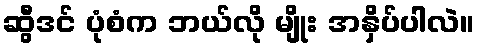
ဆွီဒင် ပုံစံက ဘယ်လို မျိုး အနှိပ်ပါလဲ။